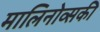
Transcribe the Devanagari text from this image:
मालिनोव्सकी